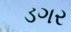
ડગર